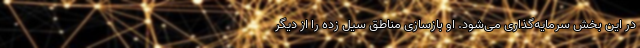
در این بخش سرمایه‌گذاری می‌شود. او بازسازی مناطق سیل زده را از دیگر